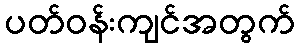
ပတ်ဝန်းကျင်အတွက်